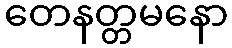
တေနတ္တမနော